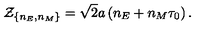
{ \cal Z } _ { \{ n _ { E } , n _ { M } \} } = \sqrt { 2 } a \left( n _ { E } + n _ { M } \tau _ { 0 } \right) .